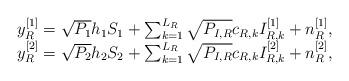
LaTeX: \begin{align*}\begin{array}{l} y_R^{[1]} = \sqrt {{P_1}} {h_1}{S_1} + \sum_{k = 1}^{{L_R}} {\sqrt {{P_{I,R}}} {c_{R,k}}I_{R,k}^{[1]}} + n_R^{[1]}, \\ y_R^{[2]} = \sqrt {{P_2}} {h_2}{S_2} + \sum_{k = 1}^{{L_R}} {\sqrt {{P_{I,R}}} {c_{R,k}}I_{R,k}^{[2]}} + n_R^{[2]}, \\\end{array}\end{align*}